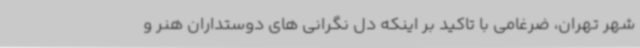
شهر تهران، ضرغامی با تاکید بر اینکه دل نگرانی های دوستداران هنر و